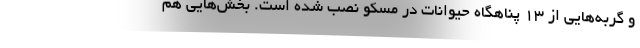
و گربه‌هایی از ۱۳ پناهگاه حیوانات در مسکو نصب شده است. بخش‌هایی هم